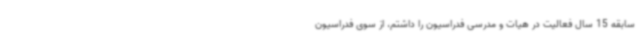
سابقه 15 سال فعالیت در هیات و مدرسی فدراسیون را داشتم، از سوی فدراسیون